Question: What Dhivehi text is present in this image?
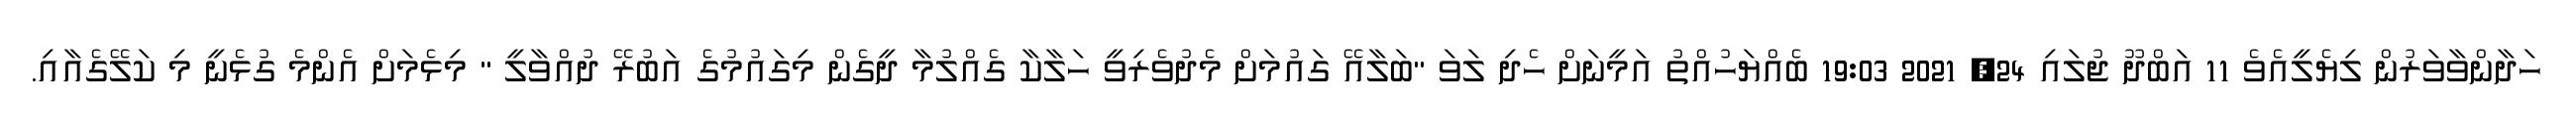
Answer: ހަދާންވާވަރުން ލިޔެލީއެވެ 11 އަބްދޫ ޖުލައި 24, 2021 19:03 ބެއްޔަހުއްތު އަމީނަށް ހެދި ލަވަ "ބަލާއޭ ގައުމަށް މެދުވެރިވީ ހަލާކާ ގެއްލުމާ ދީގެން މިގައުމުގެ އަބުރޭ ދުއްވާލީ " މިޅެމަށް އެންމެ ގުޅެނީ މި ކަލޭގެއާއި.